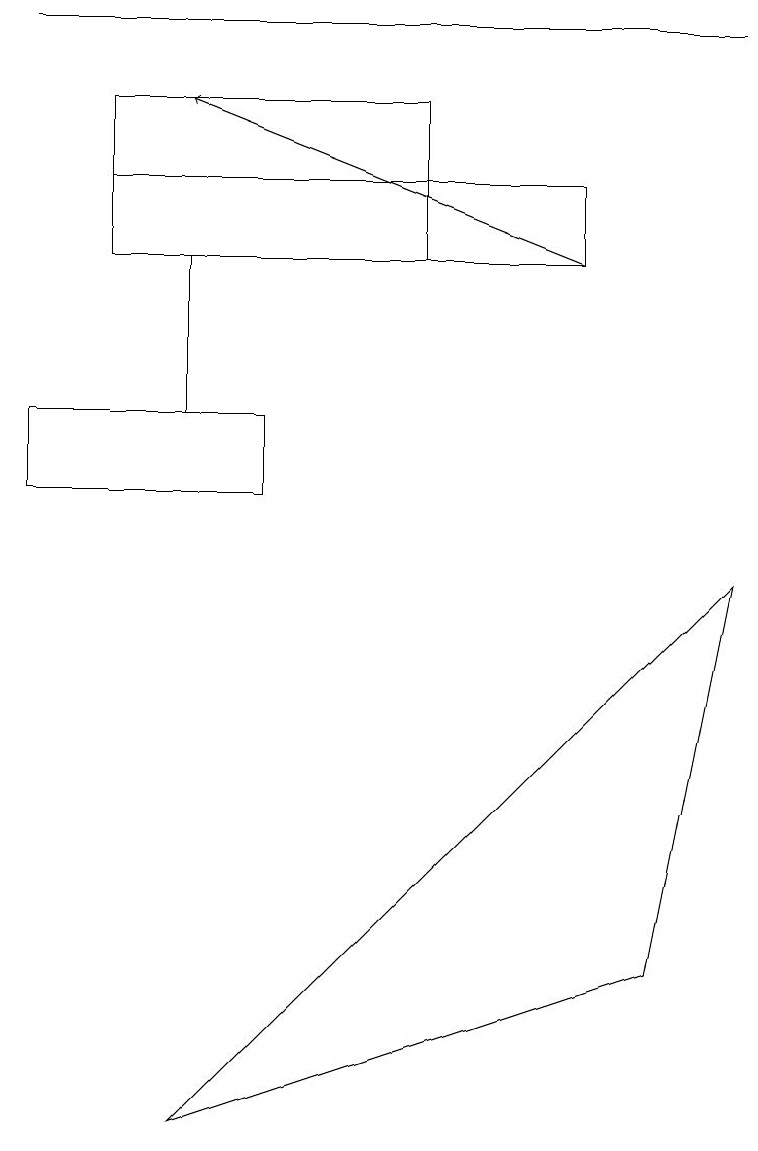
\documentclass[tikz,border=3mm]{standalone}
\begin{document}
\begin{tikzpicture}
\draw (2,13) rectangle (2,11);
\draw (3,10) rectangle (0,11);
\draw (1,13) rectangle (7,14);
\draw[->] (7,13) -- (2,15);
\draw (9,9) -- (8,4) -- (2,2) -- cycle;
\draw (0,16) rectangle (9,16);
\draw (5,13) rectangle (1,15);
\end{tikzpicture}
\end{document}